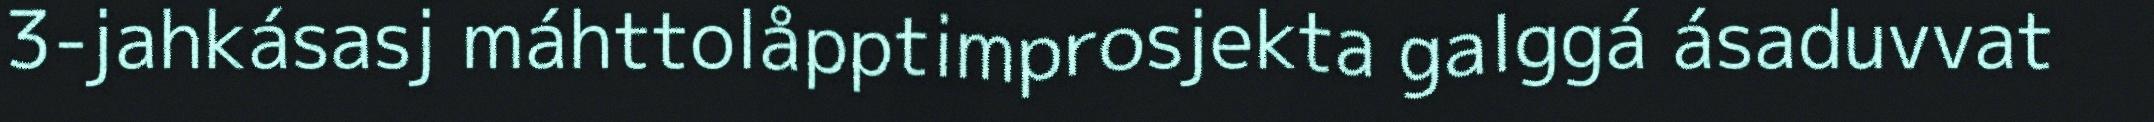
3-jahkásasj máhttolåpptimprosjekta galggá ásaduvvat